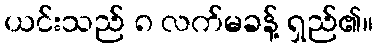
ယင်းသည် ၈ လက်မခန့် ရှည်၏။